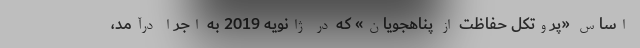
اساس «پروتکل حفاظت از پناهجویان» که در ژانویه 2019 به اجرا درآمد،